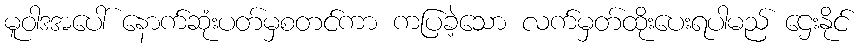
မူဝါဒအပေါ် နောက်ဆုံးပတ်မှစတင်ကာ ကပြခဲ့သော လက်မှတ်ထိုးပေးရပါမည် ဌေးနိုင်